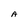
Character: A